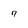
Character: 7